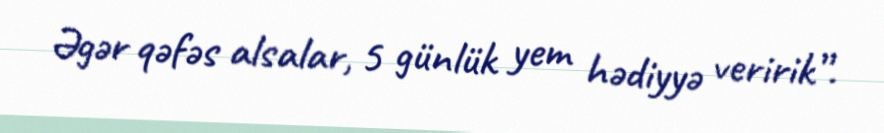
Əgər qəfəs alsalar, 5 günlük yem hədiyyə veririk”.